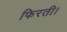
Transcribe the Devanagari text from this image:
फिरती।